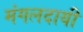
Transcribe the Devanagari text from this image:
मंगलदायी